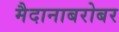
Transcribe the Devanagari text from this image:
मैदानाबरोबर